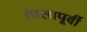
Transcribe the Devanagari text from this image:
तासापूर्वी